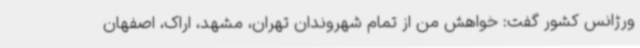
ورژانس کشور گفت: خواهش من از تمام شهروندان تهران، مشهد، اراک، اصفهان